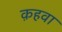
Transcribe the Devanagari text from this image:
क़हवा